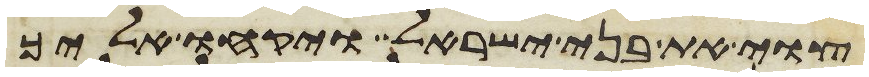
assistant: צוי את בני ישראל ויקחו אליך